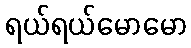
ရယ်ရယ်မောမော